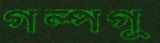
গল্পগু